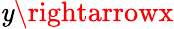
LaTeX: \mathit{y}\rightarrowx